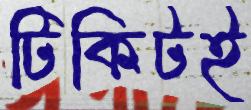
টিকিটই